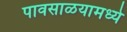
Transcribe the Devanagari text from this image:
पावसाळयामध्ये